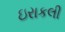
ઇરાકલી